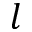
l